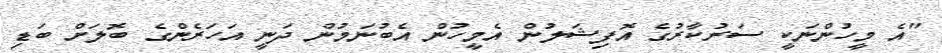
"އެ މީހުންނަކީ ސަރުކާރުގެ އޮފިޝަލުން އެމީހުން އެބުނަމުން ދަނީ އަހަރެންގެ ބޮލަށް ބަޑި